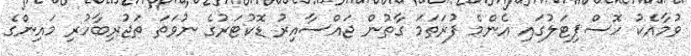
ވުމާއެކު ހޮސްޕިޓަލުގައި އެންމެ ފުރަތަމަ ގާތުން ޖައްސާއިރު ޑޮކުޓަރުގެ ނުވަތަ ތަޖުރިބާހުރި މައިންގެ